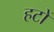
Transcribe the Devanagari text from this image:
हटों